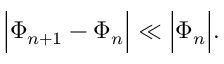
\Big | \Phi _ { n + 1 } - \Phi _ { n } \Big | \ll \Big | \Phi _ { n } \Big | .